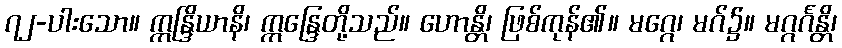
၇၂-ပါးသော။ ဣန္ဒြိယာနိ၊ ဣန္ဒြေတို့သည်။ ဟောန္တိ၊ ဖြစ်ကုန်၏။ မဂ္ဂေ၊ မဂ်၌။ မဂ္ဂင်္ဂန္တိ၊